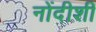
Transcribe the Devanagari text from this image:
नोंदीशी